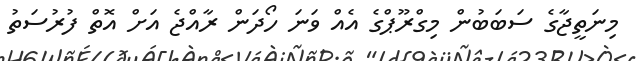
މިނަތީޖާގެ ސަބަބުން މިގްރޫޕްގެ އެއް ވަނަ ހޯދަން ރާއްޖެ އަށް އޮތް ފުރުސަތު